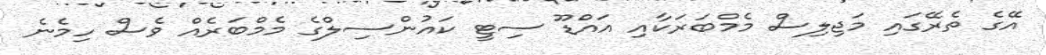
އޭގެ ތެރޭގައި މަޖިލިސް މެމްބަރަކާއި އައްޑޫ ސިޓީ ކައުންސިލްގެ މެމްބަރެއް ވެސް ހިމެނެ